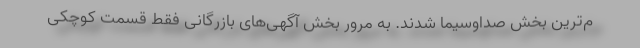
م‌ترین بخش صداوسیما شدند. به مرور بخش آگهی‌های بازرگانی فقط قسمت کوچکی